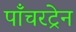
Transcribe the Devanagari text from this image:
पाँचरट्रेन